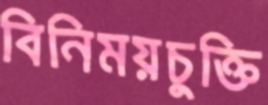
বিনিময়চুক্তি